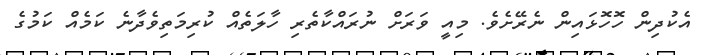
އެކުދިން ހޮހޮޅައިން ނެރޭށެވެ. މިއީ ވަރަށް ނުރައްކާތެރި ހާލަތެއް ކުރިމަތިވެދާނެ ކަމެއް ކަމުގެ